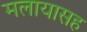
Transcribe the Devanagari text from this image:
मलायासह